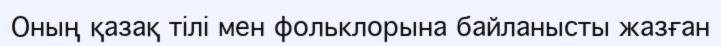
Оның қазақ тілі мен фольклорына байланысты жазған